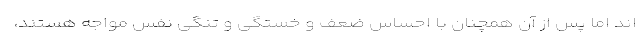
اند اما پس از آن همچنان با احساس ضعف و خستگی و تنگی نفس مواجه هستند،